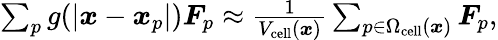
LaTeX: \begin{array}{r}{\sum_{p}g(|\boldsymbol{x}-\boldsymbol{x}_{p}|)\boldsymbol{F}_{p}\approx\frac{1}{V_{\mathrm{cell}}(\boldsymbol{x})}\sum_{p\in\Omega_{\mathrm{cell}}(\boldsymbol{x})}\boldsymbol{F}_{p},}\end{array}